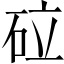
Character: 砬